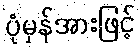
ပုံမှန်အားဖြင့်